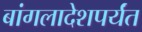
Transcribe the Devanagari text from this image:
बांगलादेशपर्यंत